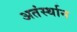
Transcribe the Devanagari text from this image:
अतंर्स्थान